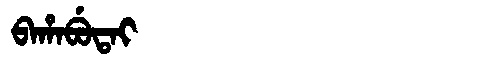
Manchu: ᠪᠠᡥᠠᠪᡠᡨᠠᡳ
Romanization: BAHABUTAI